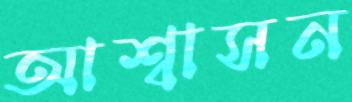
আশ্বাসন